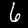
Digit: 6